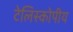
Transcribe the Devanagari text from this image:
टेलिस्कोपीय